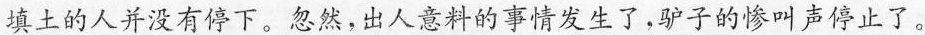
填土的人并没有停下。忽然，出人意料的事情发生了，驴子的惨叫声停止了。